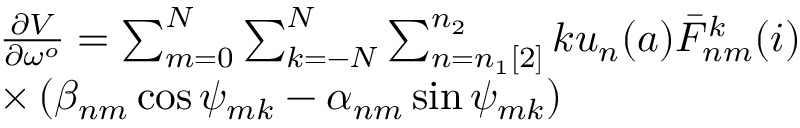
\begin{array} { r l } & { \frac { \partial V } { \partial \omega ^ { o } } = \sum _ { m = 0 } ^ { N } \sum _ { k = - N } ^ { N } \sum _ { n = n _ { 1 } [ 2 ] } ^ { n _ { 2 } } k u _ { n } ( a ) \bar { F } _ { n m } ^ { k } ( i ) } \\ & { \times \left( \beta _ { n m } \cos \psi _ { m k } - \alpha _ { n m } \sin \psi _ { m k } \right) } \end{array}